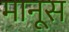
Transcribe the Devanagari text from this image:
मानूस